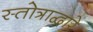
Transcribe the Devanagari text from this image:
स्तोत्राद्वारे